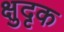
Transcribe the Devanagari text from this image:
क्षुदृक